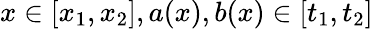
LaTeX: x\in[x_{1},x_{2}],a(x),b(x)\in[t_{1},t_{2}]